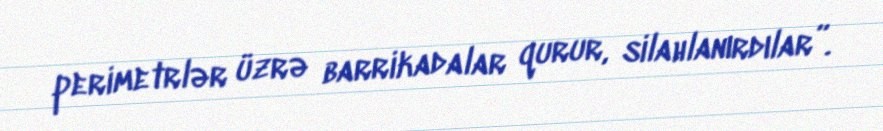
perimetrlər üzrə barrikadalar qurur, silahlanırdılar”.